Report of an investigation in regard to the prevalence of stegomyia and other mosquitoes in Karachi, and the measures necessary for their control
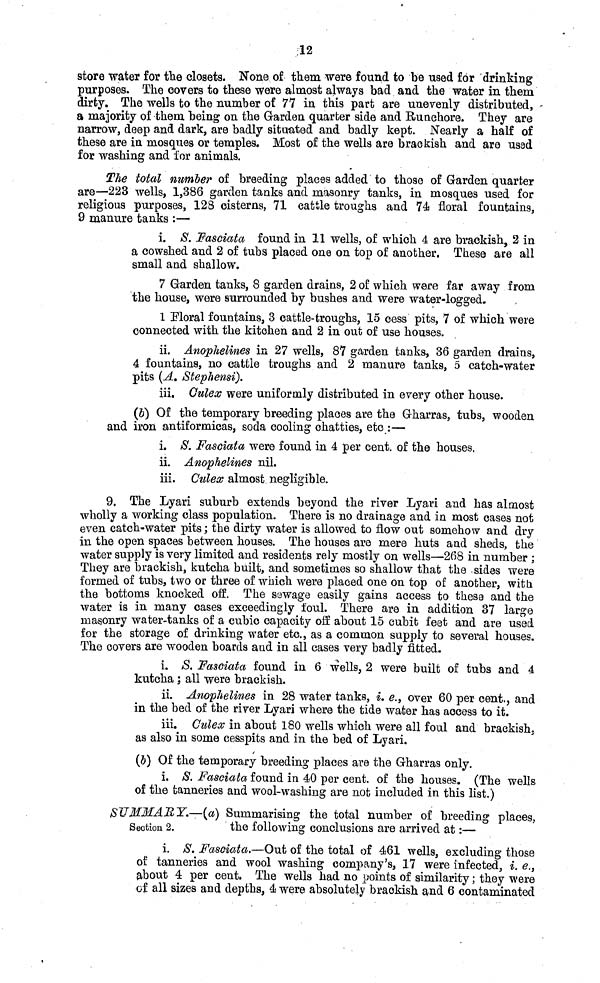
12
store water for the closets. None of them were found to be used for drinking
purposes. The covers to these were almost always bad and the water in them
dirty. The wells to the number of 77 in this part are unevenly distributed,
a majority of them being on the Garden quarter side and Runchore. They are
narrow, deep and dark, are badly situated and badly kept. Nearly a half of
these are in mosques or temples* Most of the wells are brackish and are used
for washing and for animals.
The total number of breeding places added to those of Garden quarter
are—223 wells, 1,386 garden tanks and masonry tanks, in mosques used for
religious purposes, 128 cisterns, 71 cattle troughs and 74 floral fountains,
9 manure tanks :—
i. S. Fasciata found in 11 wells, of which 4 are brackish, 2 in
a cowshed and 2 of tubs placed one on top of another. These are all
small and shallow.
7 Garden tanks, 8 garden drains, 2 of which were far away from
the house, were surrounded by bushes and were water-logged.
1 Moral fountains, 3 cattle-troughs, 15 cess pits, 7 of which were
connected with the kitchen and 2 in out of use houses.
ii. Anophelines in 27 wells, 87 garden tanks, 36 garden drains,
4 fountains, no cattle troughs and 2 manure tanks, 5 catch-water
pits (A. Stephensi).
iii. Culex were uniformly distributed in every other house.
(b) Of the temporary breeding places are the Gharras, tubs, wooden
and iron antiformicas, soda cooling chatties, etc :—
i. 8. Fasciata were found in 4 per cent. of the houses,
ii. Anophelines nil.
iii. Culex almost negligible.
9. The Lyari suburb extends beyond the river Lyari and has almost
wholly a working class population. There is no drainage and in most cases not
even catch-water pits; the dirty water is allowed to flow out somehow and dry
in the open spaces between houses. The houses are mere huts and sheds, the
water supply is very limited and residents rely mostly on wells—268 in number ;
They are brackish, kutcha built, and sometimes so shallow that the sides were
formed of tubs, two or three of which were placed one on top of another, with
the bottoms knocked off. The sewage easily gains access to these and the
water is in many cases exceedingly foul. There are in addition 37 large
masonry water-tanks of a cubic capacity off about 15 cubit feet and are used
for the storage of drinking water etc., as a common supply to several houses.
The covers are wooden boards and in all cases very badly fitted.
i. S. Fasciata found in 6 wells, 2 were built of tubs and 4
kutcha ; all were brackish.
ii. Anophelines in 28 water tanks, i. e., over 60 per cent., and
in the bed of the river Lyari where the tide water has access to it.
iii. Culex in about 180 wells which were all foul and brackish,
as also in some cesspits and in the bed of Lyari.
(5) Of the temporary breeding places are the Gharras only.
i. 8. Fasciata found in 40 per cent. of the houses. (The wells
of the tanneries and wool-washing are not included in this list.)
Section 2.
SUMMARY.—(a) Summarising the total number of breeding places,
the following conclusions are arrived at:—
i. S. Fasciata.—Out of the total of 461 wells, excluding those
of tanneries and wool washing company's, 17 were infected, i. e.,
about 4 per cent. The wells had no points of similarity; they were
of all sizes and depths, 4 were absolutely brackish and 6 contaminated